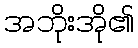
အဘိုးအို၏